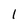
Character: 1